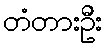
တံတားဦး